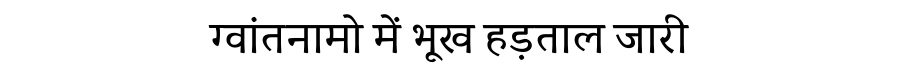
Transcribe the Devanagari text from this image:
ग्वांतनामो में भूख हड़ताल जारी